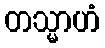
တသ္မာဟံ